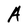
Character: A